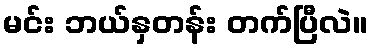
မင်း ဘယ်နှတန်း တက်ပြီလဲ။